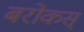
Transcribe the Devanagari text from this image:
बरोकस्